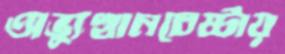
অভ্যুত্থানচেষ্টায়